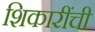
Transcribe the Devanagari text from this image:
शिकारींची